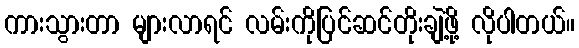
ကားသွားတာ များလာရင် လမ်းကိုပြင်ဆင်တိုးချဲ့ဖို့ လိုပါတယ်။